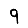
Digit: 9